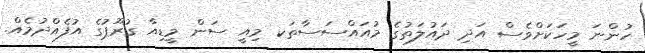
ހުންނަ މީހަކަށްވެސް އަދި ދައުލަތުގެ މުއައްސަސާތަކ މިއީ ސަން މީޑިއާ ގުރޫޕުގެ އުފެއްދުމެއް.